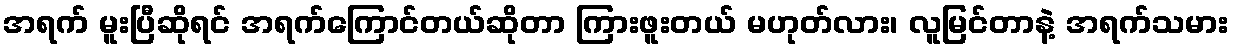
အရက် မူးပြီဆိုရင် အရက်ကြောင်တယ်ဆိုတာ ကြားဖူးတယ် မဟုတ်လား၊ လူမြင်တာနဲ့ အရက်သမား